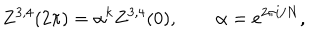
Z ^ { 3 , 4 } ( 2 \pi ) = \alpha ^ { k } Z ^ { 3 , 4 } ( 0 ) , \qquad \alpha = e ^ { 2 \pi i / N } ,